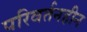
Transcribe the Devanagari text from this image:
परिवर्तनहीन